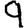
Digit: 9